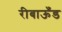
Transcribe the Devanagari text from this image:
रीबाऊँड